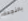
بالنجدة